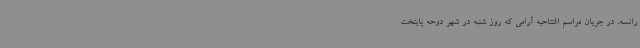
رانسه، در جریان مراسم افتتاحیه آرامی که روز شنبه در شهر دوحه پایتخت